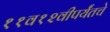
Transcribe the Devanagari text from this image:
११व१२वीपर्यंतचे